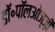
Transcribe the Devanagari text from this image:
डॉ॰पॉलओज्ज़ी